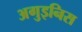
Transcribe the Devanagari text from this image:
अगुइनिस